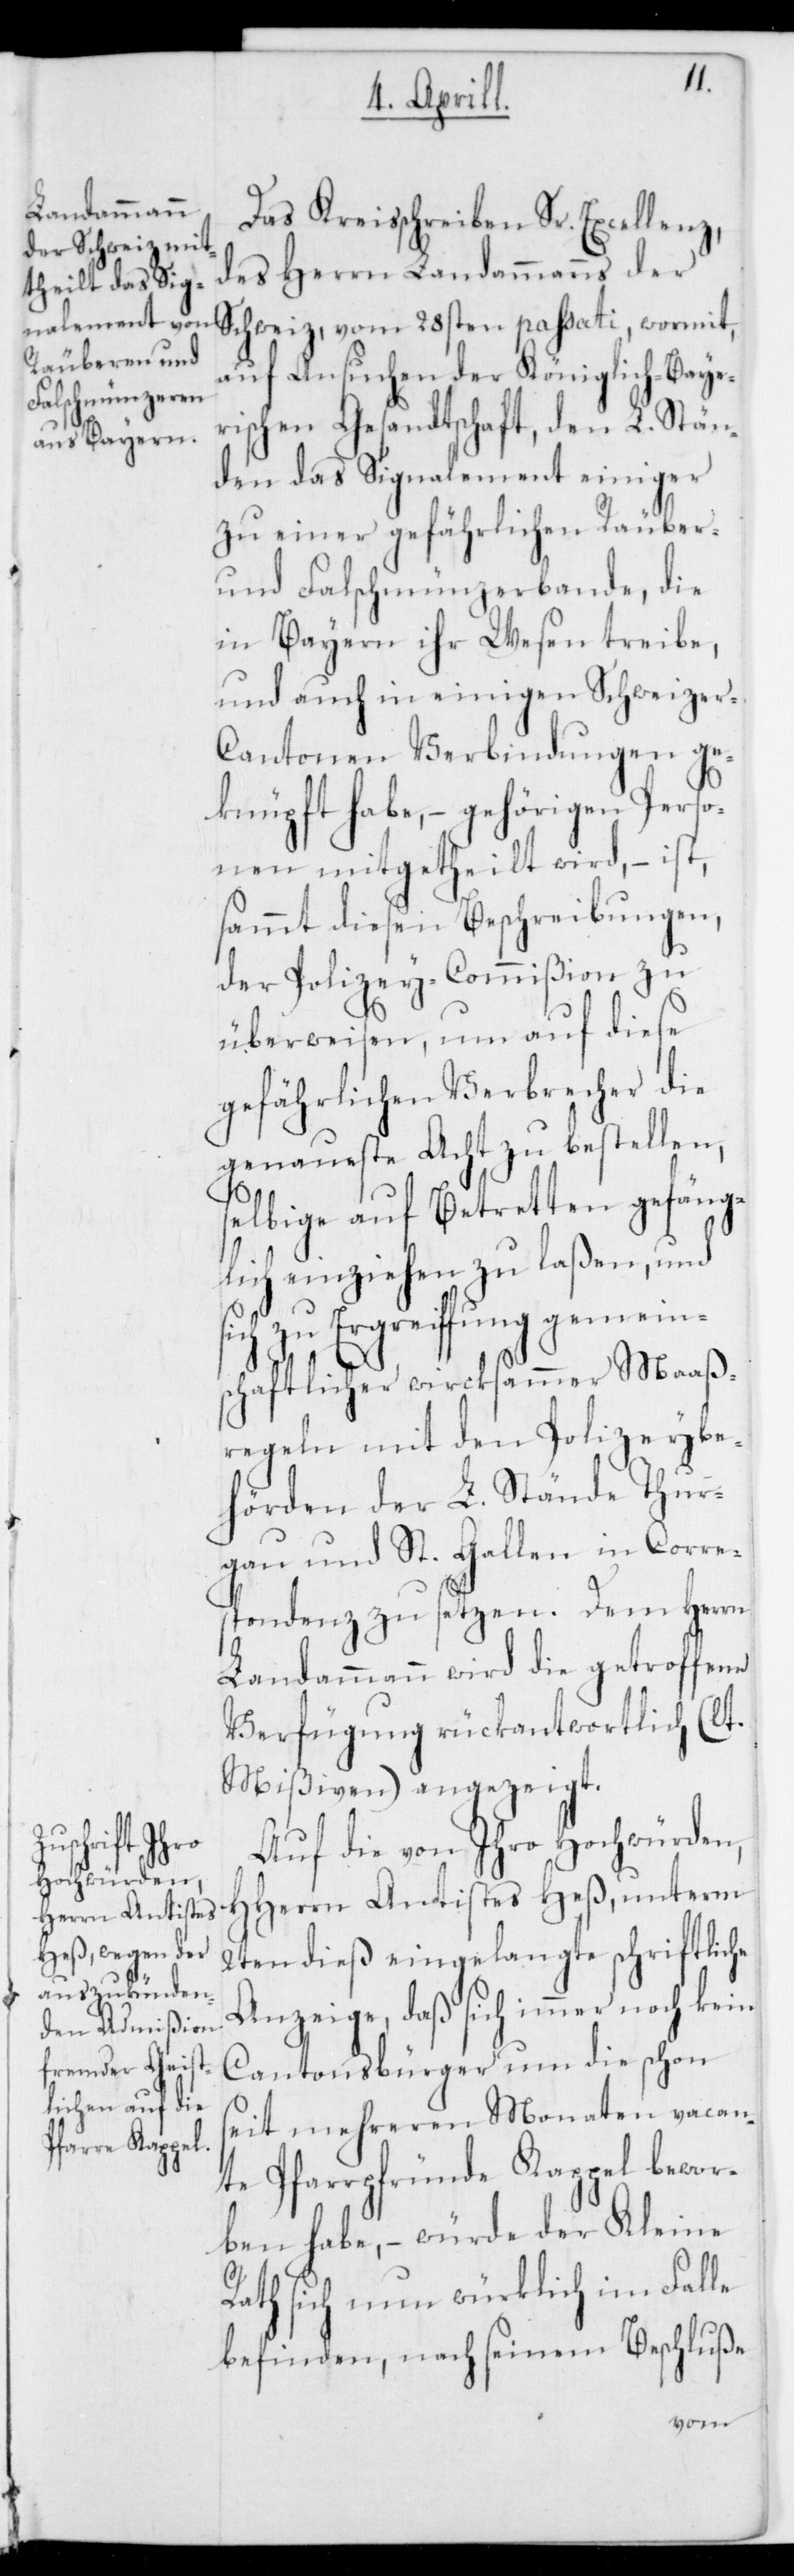
Das Kreisschreiben Sr. Excellenz,
des Herrn Landammanns der
auf Ansuchen der Königlich-Baye¬
rischen Gesandtschaft, den L. Stän¬
den das Signalement einiger
zu einer gefährlichen Räuber-
und Falschmünzerbande, die
in Bayern ihr Wesen treibe,
und auch in einigen Schweizer
Cantonen Verbindungen ge¬
knüpft habe, – gehörigen Perso¬
nen mitgetheilt wird, – ist
sammt diesen Beschreibungen,
der Polizey-Commißion zu
überweisen, um auf diese
gefährlichen Verbrecher die
genaueste Acht zu bestellen,
selbige auf Betretten gefäng¬
lich einziehen zu laßen, und
sich zu Ergreiffung gemein¬
schaftlicher wircksammer Maaß¬
regeln mit den Polizeybe¬
hörden der L. Stände Thur¬
gau und St. Gallen in Corre¬
spondenz zu setzen. Dem Herrn
Landammann wird die getroffene
Verfügung rückantwortlich (lt.
Mißiven) angezeigt.
Auf die von Ihro Hochwürden
Herrn Antistes Heß, unterm
H¬
2ten dieß eingelangte schriftliche
Anzeige, daß sich immer noch kein
Cantonsbürger um die schon
seit mehreren Monaten vacan¬
te Pfarrpründe Kappel bewor¬
ben habe, – würde der Kleine
Rath sich nun würklich im Falle
befinden, nach seinem Beschluße
wormit,